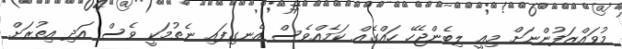
މުވައްޒަފުންނަށް މިއީ ލިބެންޖެހޭ ހައްގެއް ކަމެއްވެސް އެނގިފައި ނެތުމަކީ ވެސް އަދި އިތުރަށް